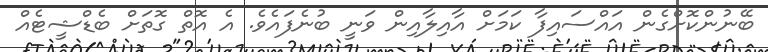
ބޭނުންކޮށްގެން އައްސައިފާ ކަމަށް އާއިލާއިން ވަނީ ބުނެފައެވެ. އެ އޮތް ގޮތަށް ބެޑްޝީޓެއް